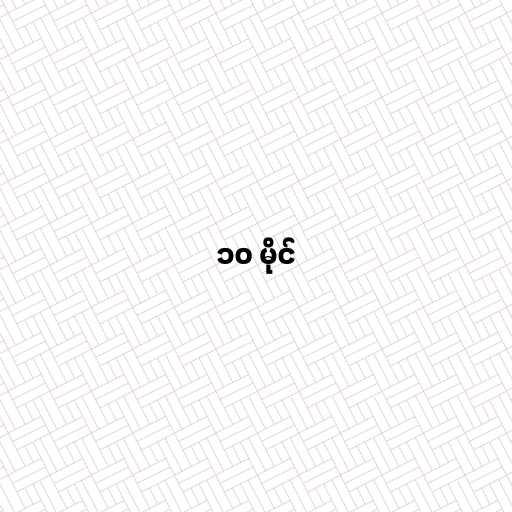
၁၀ မိုင်